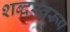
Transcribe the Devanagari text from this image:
शब्दस्वरूप